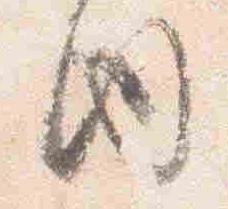
内